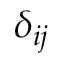
\delta _ { i j }